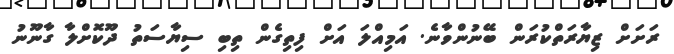
ރަށަށް ޒިޔާރަތްކުރަން ބޭނުންވާނެ. އަމިއްލަ އަށް ފިތިގެން ތިބި ސިޔާސަތު ދޫކޮށްލާ ގާނޫނު